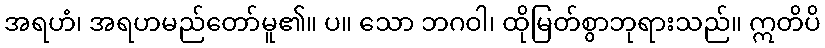
အရဟံ၊ အရဟမည်တော်မူ၏။ ပ။ သော ဘဂဝါ၊ ထိုမြတ်စွာဘုရားသည်။ ဣတိပိ